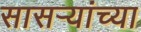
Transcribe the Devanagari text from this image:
सासऱ्यांच्या